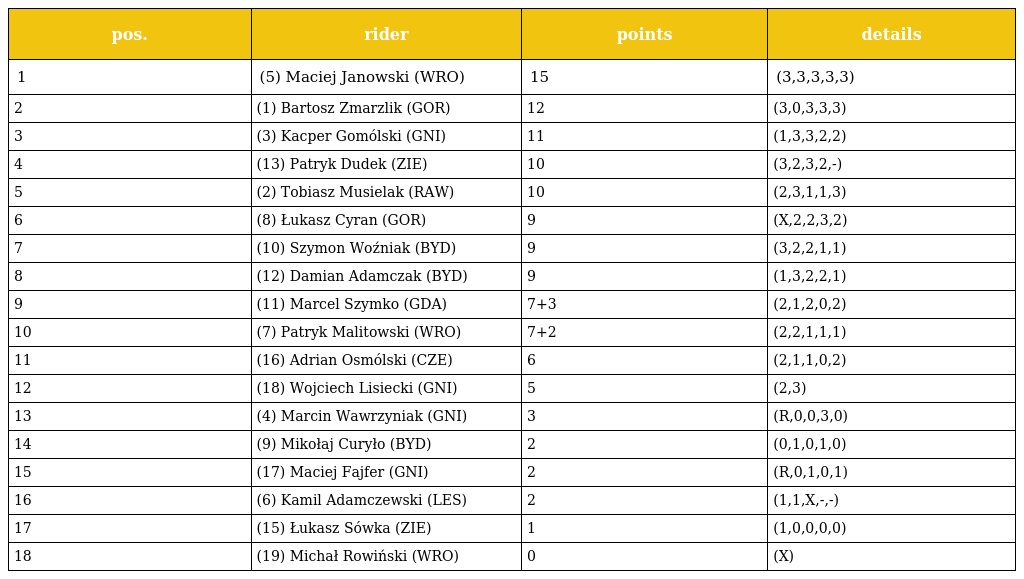
| pos. | rider | points | details |
 | --- | --- | --- | --- |
 | 1 | (5) Maciej Janowski (WRO) | 15 | (3,3,3,3,3) |
 | 2 | (1) Bartosz Zmarzlik (GOR) | 12 | (3,0,3,3,3) |
 | 3 | (3) Kacper Gomólski (GNI) | 11 | (1,3,3,2,2) |
 | 4 | (13) Patryk Dudek (ZIE) | 10 | (3,2,3,2,-) |
 | 5 | (2) Tobiasz Musielak (RAW) | 10 | (2,3,1,1,3) |
 | 6 | (8) Łukasz Cyran (GOR) | 9 | (X,2,2,3,2) |
 | 7 | (10) Szymon Woźniak (BYD) | 9 | (3,2,2,1,1) |
 | 8 | (12) Damian Adamczak (BYD) | 9 | (1,3,2,2,1) |
 | 9 | (11) Marcel Szymko (GDA) | 7+3 | (2,1,2,0,2) |
 | 10 | (7) Patryk Malitowski (WRO) | 7+2 | (2,2,1,1,1) |
 | 11 | (16) Adrian Osmólski (CZE) | 6 | (2,1,1,0,2) |
 | 12 | (18) Wojciech Lisiecki (GNI) | 5 | (2,3) |
 | 13 | (4) Marcin Wawrzyniak (GNI) | 3 | (R,0,0,3,0) |
 | 14 | (9) Mikołaj Curyło (BYD) | 2 | (0,1,0,1,0) |
 | 15 | (17) Maciej Fajfer (GNI) | 2 | (R,0,1,0,1) |
 | 16 | (6) Kamil Adamczewski (LES) | 2 | (1,1,X,-,-) |
 | 17 | (15) Łukasz Sówka (ZIE) | 1 | (1,0,0,0,0) |
 | 18 | (19) Michał Rowiński (WRO) | 0 | (X) |